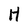
Character: H